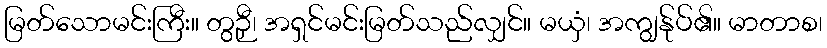
မြတ်သောမင်းကြီး။ တွဉှီ၊ အရှင်မင်းမြတ်သည်လျှင်။ မယှံ၊ အကျွန်ုပ်၏။ မာတာစ၊